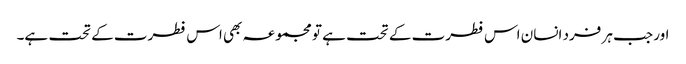
اور جب ہر فرد انسان اس فطرت کے تحت ہے تو مجموعہ بھی اس فطرت کے تحت ہے۔